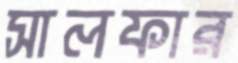
সালফার